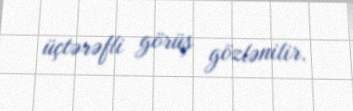
üçtərəfli görüş gözlənilir.